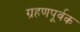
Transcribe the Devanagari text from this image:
ग्रहणपूर्वक